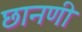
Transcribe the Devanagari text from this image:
छानणी